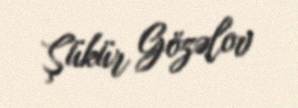
Şükür Gözəlov